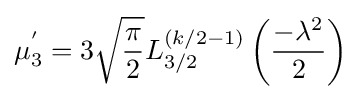
\mu _{3}^{'}=3{\sqrt {\frac {\pi }{2}}}L_{3/2}^{(k/2-1)}\left({\frac {-\lambda ^{2}}{2}}\right)